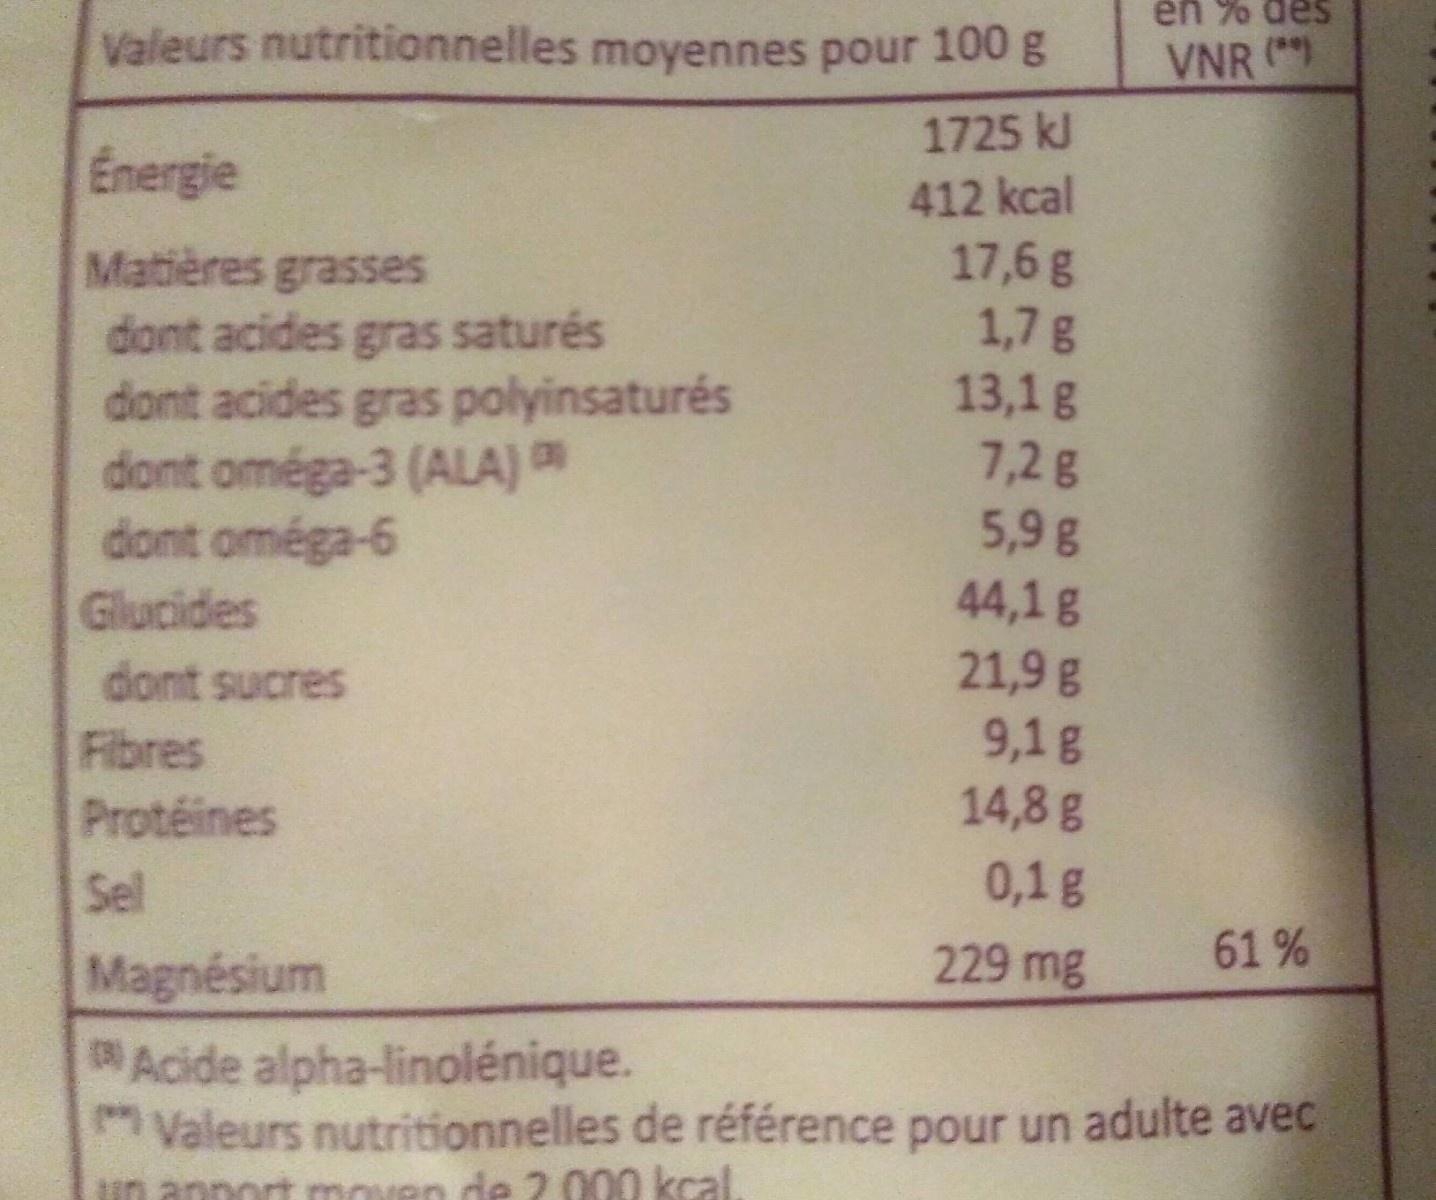
en % des
Valeurs nutritionnelles moyennes pour 100g
VNR (*)
1725 kJ
Energie
Matières grasses dont acides gras saturés dont acides gras polyinsaturés dont oméga-3 (ALA) N dont oméga-6 Glucides
412 kcal 17,6 g 1,7g 13,1g 7,2g 5,9g 44,1g
21,9 g 9,1g 14,8 g
dont sucres
Fibres Protéines
Sel
0,1g
Magnésium
229 mg
61 %
Acide alpha-linolénique. Valeurs nutritionnelles de référence pour un adulte avec
un annort moven de 2000 kcal